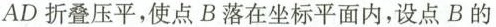
AD折叠压平，使点B落在坐标平面内，设点B的